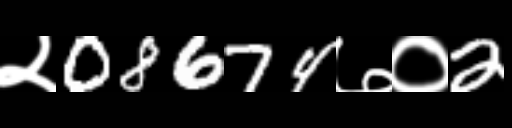
Text: २08674७०2